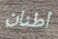
أطنان